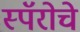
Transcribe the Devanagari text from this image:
स्पॅरोचे